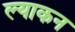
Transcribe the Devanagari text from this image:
ल्याकन